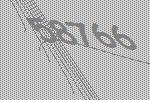
58766